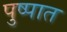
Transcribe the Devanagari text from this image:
पुष्पात